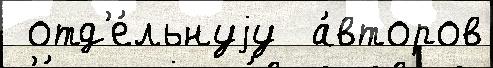
 отд'е́льнуjу  а́второв